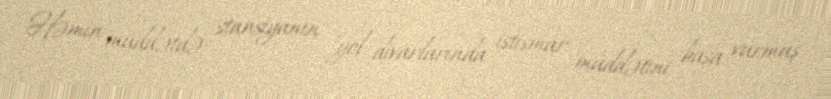
Həmin müddətdə stansiyanın yol divarlarında istismar müddətini başa vurmuş